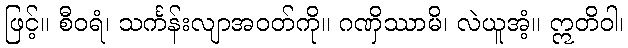
ဖြင့်။ စီဝရံ၊ သင်္ကန်းလျာအဝတ်ကို။ ဂဏှိဿာမိ၊ လဲယူအံ့။ ဣတိဝါ၊